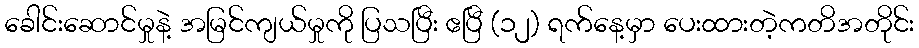
ခေါင်းဆောင်မှုနဲ့ အမြင်ကျယ်မှုကို ပြသပြီး ဧပြီ (၁၂) ရက်နေ့မှာ ပေးထားတဲ့ကတိအတိုင်း